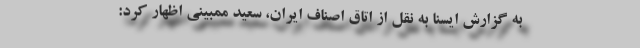
به گزارش ایسنا به نقل از اتاق اصناف ایران، سعید ممبینی اظهار کرد: